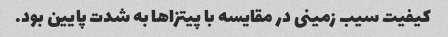
کیفیت سیب زمینی در مقایسه با پیتزا‌ها به شدت پایین بود.